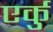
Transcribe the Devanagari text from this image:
एर्कु